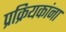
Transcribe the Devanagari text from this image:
प्रक्रियकांना